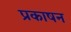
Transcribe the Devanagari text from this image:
प्रकाषन